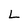
Character: L